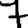
Digit: 7